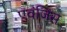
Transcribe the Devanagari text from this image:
एवंजिस